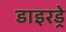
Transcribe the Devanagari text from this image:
डाइरड्रे